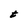
Character: t